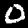
Label: 0